Vaccine operations Central Provinces 1900-1911 - 1900-1911
Year: 1900
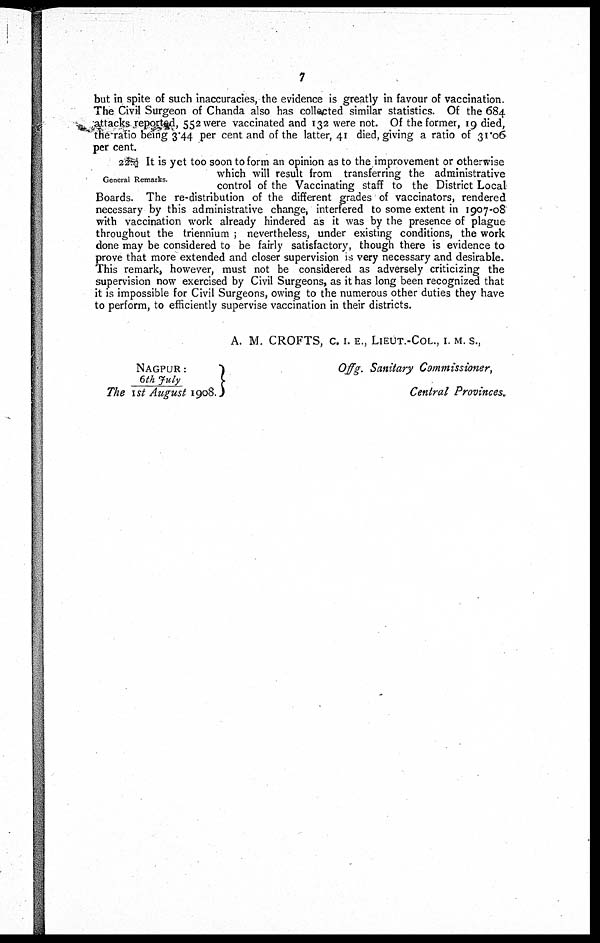
7
but in spite of such inaccuracies, the evidence is greatly in favour of vaccination.
The Civil Surgeon of Chanda also has collected similar statistics. Of the 684
attacks reported, 552 were vaccinated and 132 were not. Of the former, 19 died,
the ratio being 3.44 per cent and of the latter, 41 died, giving a ratio of 31.06
per cent.
General Remarks.
22. It is yet too soon to form an opinion as to the improvement or otherwise
which will result from transferring the administrative
control of the Vaccinating staff to the District Local
Boards. The re-distribution of the different grades of vaccinators, rendered
necessary by this administrative change, interfered to some extent in 1907-08
with vaccination work already hindered as it was by the presence of plague
throughout the triennium ; nevertheless, under existing conditions, the work
done may be considered to be fairly satisfactory though there is evidence to
prove that more extended and closer supervision is very necessary and desirable.
This remark, however, must not be considered as adversely criticizing the
supervision now exercised by Civil Surgeons, as it has long been recognized that
it is impossible for Civil Surgeons, owing to the numerous other duties they have
to perform, to efficiently supervise vaccination in their districts.
A. M. CROFTS, C. I. E., LIEUT.-COL., I. M. S.,
Offg. Sanitary Commissioner,
Central Provinces.
NAGPUR:
The 6th July/ 1st August 1908.
Offg. Sanitary Commissioner,
Central Provinces.